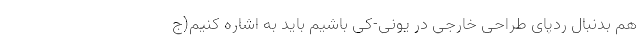
هم بدنبال ردپای طراحی خارجی در یونی-کی باشیم باید به اشاره کنیم(ج